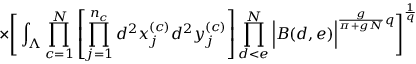
\times \Bigg [ \int _ { \Lambda } \prod _ { c = 1 } ^ { N } \left[ \prod _ { j = 1 } ^ { n _ { c } } d ^ { 2 } x _ { j } ^ { ( c ) } d ^ { 2 } y _ { j } ^ { ( c ) } \right] \prod _ { d < e } ^ { N } \Big | B ( d , e ) \Big | ^ { \frac { g } { \pi + g N } q } \Bigg ] ^ { \frac { 1 } { q } }